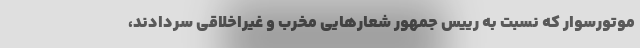
موتورسوار که نسبت به رییس جمهور شعار‌هایی مخرب و غیراخلاقی سردادند،